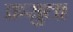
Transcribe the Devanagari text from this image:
क्रसुला